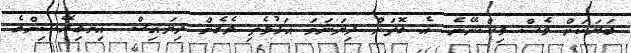
ބަޔަކަށް ވެސް ވިސްނޭނެ. އެ ގޮތަށް ދިޔަނަމަ އަޅުވެތި ވެގެން ދިޔައިސް. އިނގިރޭސިންގެ